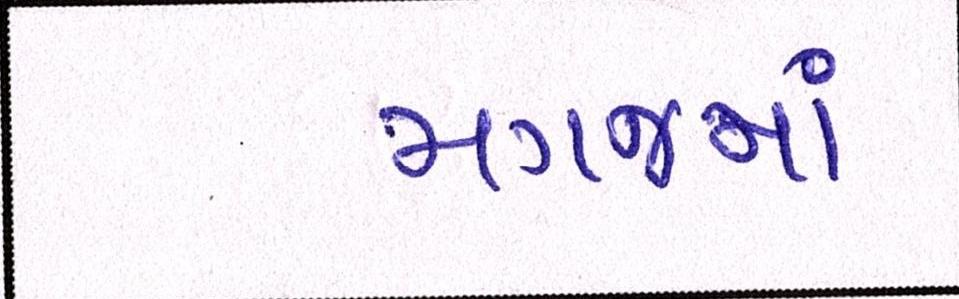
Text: મગજમાં